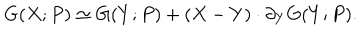
G ( X ; P ) \simeq G ( Y ; P ) + ( X - Y ) \cdot \partial _ { Y } G ( Y ; P ) .